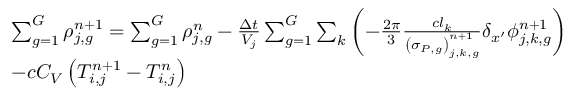
\begin{array} { l } { { \sum _ { g = 1 } ^ { G } \rho _ { j , g } ^ { n \mathrm { + 1 } } = \sum _ { g = 1 } ^ { G } \rho _ { j , g } ^ { n } - \frac { \Delta t } { V _ { j } } \sum _ { g = 1 } ^ { G } \sum _ { k } \left( - \frac { 2 \pi } { 3 } \frac { c l _ { k } } { \left( \sigma _ { P , g } \right) _ { j , k , g } ^ { n + 1 } } \delta _ { x ^ { \prime } } \phi _ { j , k , g } ^ { n + 1 } \right) } } \\ { { - c C _ { V } \left( T _ { i , j } ^ { n + 1 } - T _ { i , j } ^ { n } \right) } } \end{array}